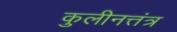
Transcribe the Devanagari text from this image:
कुलीनत्तंत्र